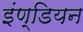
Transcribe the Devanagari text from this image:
इंण्डियन